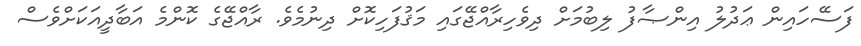
ފަސޭހައިން ޢަދުލު އިންޞާފު ލިބުމަށް ދިވެހިރާއްޖޭގައި މަޤުފަހިކޮށް ދިނުމެވެ. ރާއްޖޭގެ ކޮންމެ އަބާދީއަކަށްވެސް